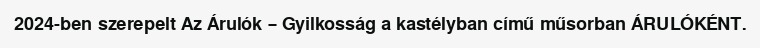
2024-ben szerepelt Az Árulók – Gyilkosság a kastélyban című műsorban ÁRULÓKÉNT.